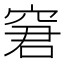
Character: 窘